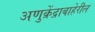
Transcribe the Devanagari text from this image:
अणुक्रेंद्राबाहेरील